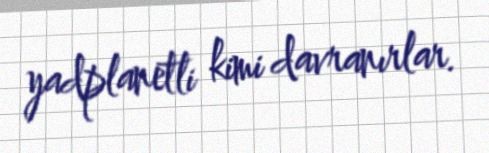
yadplanetli kimi davranırlar.